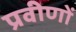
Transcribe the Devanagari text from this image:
प्रवीणों